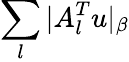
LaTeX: \sum_{l}|A_{l}^{T}u|_{\beta}